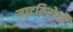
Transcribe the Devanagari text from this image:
जाटविरोधी